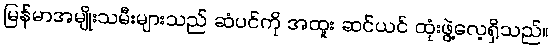
မြန်မာအမျိုးသမီးများသည် ဆံပင်ကို အထူး ဆင်ယင် ထုံးဖွဲ့လေ့ရှိသည်။